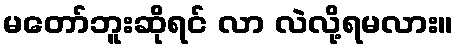
မတော်ဘူးဆိုရင် လာ လဲလို့ရမလား။